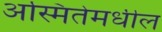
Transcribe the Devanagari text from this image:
अस्मितेमधील